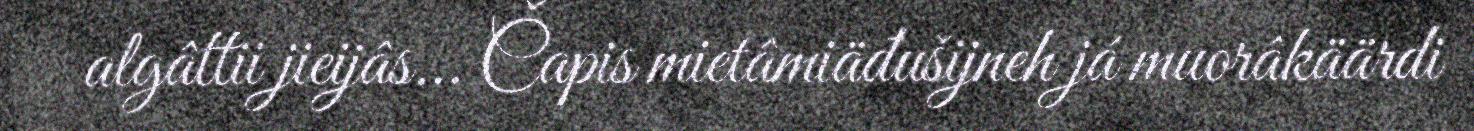
algâttii jieijâs... Čapis mietâmiäđušijneh já muorâkäärdi